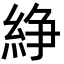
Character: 䋫